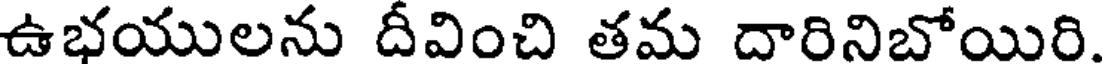
ఉభయులను దీవించి తమ దారినిబోయిరి